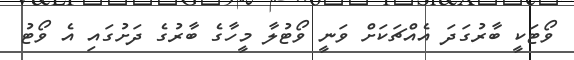
ވޯޓަކީ ބާރުގަދަ އެއްޗަކަށް ވަނީ ވޯޓުލާ މީހާގެ ބާރުގެ ދަށުގައި އެ ވޯޓު